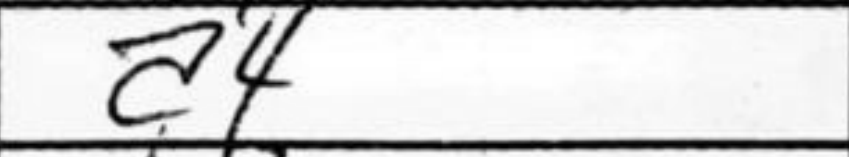
Transcription: a4